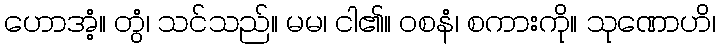
ဟောအံ့။ တွံ၊ သင်သည်။ မမ၊ ငါ၏။ ဝစနံ၊ စကားကို။ သုဏောဟိ၊